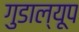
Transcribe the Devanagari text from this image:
गुडाल्यूप